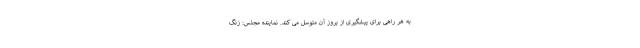
به هر راهی برای پیشگیری از بروز آن متوسل می کند. نماینده مجلس: زنگ